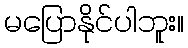
မပြောနိုင်ပါဘူး။